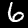
Digit: 6